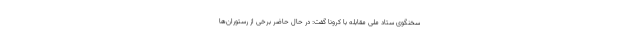
سخنگوی ستاد ملی مقابله با کرونا گفت: در حال حاضر برخی از رستوران‌ها